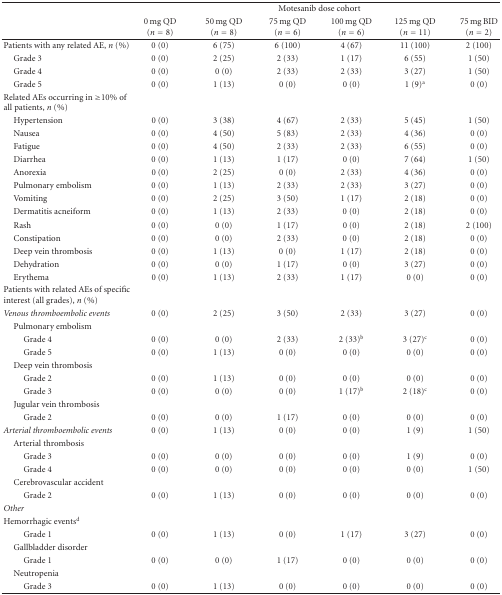
<table><thead><tr><td></td><td></td><td colspan="4"><b>Motesanib dose cohort</b></td><td></td></tr><tr><td></td><td><b>0 mg QD (<i>n</i> = 8)</b></td><td><b>50 mg QD (<i>n</i> = 8)</b></td><td><b>75 mg QD (<i>n</i> = 6)</b></td><td><b>100 mg QD (<i>n</i> = 6)</b></td><td><b>125 mg QD (<i>n</i> = 11)</b></td><td><b>75 mg BID (<i>n</i> = 2) </b></td></tr></thead><tbody><tr><td>Patients with any related AE, <i>n</i> (%)</td><td>0 (0)</td><td>6 (75)</td><td>6 (100)</td><td>4 (67)</td><td>11 (100)</td><td>2 (100)</td></tr><tr><td> Grade 3</td><td>0 (0)</td><td>2 (25)</td><td>2 (33)</td><td>1 (17)</td><td>6 (55)</td><td>1 (50)</td></tr><tr><td> Grade 4</td><td>0 (0)</td><td>0 (0)</td><td>2 (33)</td><td>2 (33)</td><td>3 (27)</td><td>1 (50)</td></tr><tr><td> Grade 5</td><td>0 (0)</td><td>1 (13)</td><td>0 (0)</td><td>0 (0)</td><td>1 (9)<sup>a</sup></td><td>0 (0)</td></tr><tr><td>Related AEs occurring in ≥10% of all patients, <i>n</i> (%)</td><td></td><td></td><td></td><td></td><td></td><td></td></tr><tr><td> Hypertension</td><td>0 (0)</td><td>3 (38)</td><td>4 (67)</td><td>2 (33)</td><td>5 (45)</td><td>1 (50)</td></tr><tr><td> Nausea</td><td>0 (0)</td><td>4 (50)</td><td>5 (83)</td><td>2 (33)</td><td>4 (36)</td><td>0 (0)</td></tr><tr><td> Fatigue</td><td>0 (0)</td><td>4 (50)</td><td>2 (33)</td><td>2 (33)</td><td>6 (55)</td><td>0 (0)</td></tr><tr><td> Diarrhea</td><td>0 (0)</td><td>1 (13)</td><td>1 (17)</td><td>0 (0)</td><td>7 (64)</td><td>1 (50)</td></tr><tr><td> Anorexia</td><td>0 (0)</td><td>2 (25)</td><td>0 (0)</td><td>2 (33)</td><td>4 (36)</td><td>0 (0)</td></tr><tr><td> Pulmonary embolism</td><td>0 (0)</td><td>1 (13)</td><td>2 (33)</td><td>2 (33)</td><td>3 (27)</td><td>0 (0)</td></tr><tr><td> Vomiting</td><td>0 (0)</td><td>2 (25)</td><td>3 (50)</td><td>1 (17)</td><td>2 (18)</td><td>0 (0)</td></tr><tr><td> Dermatitis acneiform</td><td>0 (0)</td><td>1 (13)</td><td>2 (33)</td><td>0 (0)</td><td>2 (18)</td><td>0 (0)</td></tr><tr><td> Rash</td><td>0 (0)</td><td>0 (0)</td><td>1 (17)</td><td>0 (0)</td><td>2 (18)</td><td>2 (100)</td></tr><tr><td> Constipation</td><td>0 (0)</td><td>0 (0)</td><td>2 (33)</td><td>0 (0)</td><td>2 (18)</td><td>0 (0)</td></tr><tr><td> Deep vein thrombosis</td><td>0 (0)</td><td>1 (13)</td><td>0 (0)</td><td>1 (17)</td><td>2 (18)</td><td>0 (0)</td></tr><tr><td> Dehydration</td><td>0 (0)</td><td>0 (0)</td><td>1 (17)</td><td>0 (0)</td><td>3 (27)</td><td>0 (0)</td></tr><tr><td> Erythema</td><td>0 (0)</td><td>1 (13)</td><td>2 (33)</td><td>1 (17)</td><td>0 (0)</td><td>0 (0)</td></tr><tr><td>Patients with related AEs of specific interest (all grades), <i>n</i> (%)</td><td></td><td></td><td></td><td></td><td></td><td></td></tr><tr><td><i>Venous thromboembolic events</i></td><td>0 (0)</td><td>2 (25)</td><td>3 (50)</td><td>2 (33)</td><td>3 (27)</td><td>0 (0)</td></tr><tr><td> Pulmonary embolism</td><td></td><td></td><td></td><td></td><td></td><td></td></tr><tr><td>Grade 4</td><td>0 (0)</td><td>0 (0)</td><td>2 (33)</td><td>2 (33)<sup>b</sup></td><td>3 (27)<sup>c</sup></td><td>0 (0)</td></tr><tr><td>Grade 5</td><td>0 (0)</td><td>1 (13)</td><td>0 (0)</td><td>0 (0)</td><td>0 (0)</td><td>0 (0)</td></tr><tr><td> Deep vein thrombosis</td><td></td><td></td><td></td><td></td><td></td><td></td></tr><tr><td>Grade 2</td><td>0 (0)</td><td>1 (13)</td><td>0 (0)</td><td>0 (0)</td><td>0 (0)</td><td>0 (0)</td></tr><tr><td>Grade 3</td><td>0 (0)</td><td>0 (0)</td><td>0 (0)</td><td>1 (17)<sup>b</sup></td><td>2 (18)<sup>c</sup></td><td>0 (0)</td></tr><tr><td> Jugular vein thrombosis</td><td></td><td></td><td></td><td></td><td></td><td></td></tr><tr><td>Grade 2</td><td>0 (0)</td><td>0 (0)</td><td>1 (17)</td><td>0 (0)</td><td>0 (0)</td><td>0 (0)</td></tr><tr><td><i>Arterial thromboembolic events</i></td><td>0 (0)</td><td>1 (13)</td><td>0 (0)</td><td>0 (0)</td><td>1 (9)</td><td>1 (50)</td></tr><tr><td> Arterial thrombosis</td><td></td><td></td><td></td><td></td><td></td><td></td></tr><tr><td>Grade 3</td><td>0 (0)</td><td>0 (0)</td><td>0 (0)</td><td>0 (0)</td><td>1 (9)</td><td>0 (0)</td></tr><tr><td>Grade 4</td><td>0 (0)</td><td>0 (0)</td><td>0 (0)</td><td>0 (0)</td><td>0 (0)</td><td>1 (50)</td></tr><tr><td> Cerebrovascular accident</td><td></td><td></td><td></td><td></td><td></td><td></td></tr><tr><td>Grade 2</td><td>0 (0)</td><td>1 (13)</td><td>0 (0)</td><td>0 (0)</td><td>0 (0)</td><td>0 (0)</td></tr><tr><td><i>Other</i></td><td></td><td></td><td></td><td></td><td></td><td></td></tr><tr><td>Hemorrhagic events<sup>d</sup></td><td></td><td></td><td></td><td></td><td></td><td></td></tr><tr><td>Grade 1</td><td>0 (0)</td><td>1 (13)</td><td>0 (0)</td><td>1 (17)</td><td>3 (27)</td><td>0 (0)</td></tr><tr><td> Gallbladder disorder</td><td></td><td></td><td></td><td></td><td></td><td></td></tr><tr><td>Grade 1</td><td>0 (0)</td><td>0 (0)</td><td>1 (17)</td><td>0 (0)</td><td>0 (0)</td><td>0 (0)</td></tr><tr><td> Neutropenia</td><td></td><td></td><td></td><td></td><td></td><td></td></tr><tr><td>Grade 3</td><td>0 (0)</td><td>1 (13)</td><td>0 (0)</td><td>0 (0)</td><td>0 (0)</td><td>0 (0)</td></tr></tbody></table>